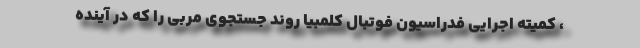
، کمیته اجرایی فدراسیون فوتبال کلمبیا روند جستجوی مربی را که در آینده